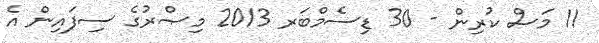
11 މަސް ކުރިން - 30 ޑިސެމްބަރ 2013 މިޞްރުގެ ސިފައިން އެ